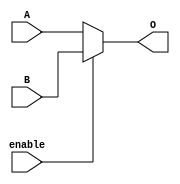
module mux_2_to_1_32(
    input [31:0] A,B,
    input enable,
    output reg[31:0] O
);
    always @* begin
        if (enable) O <= B;
        else O <= A;
    end
endmodule